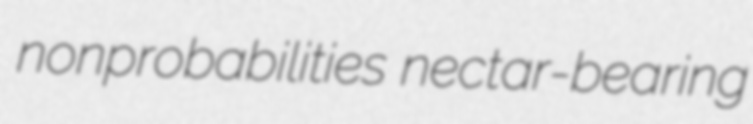
nonprobabilities nectar-bearing